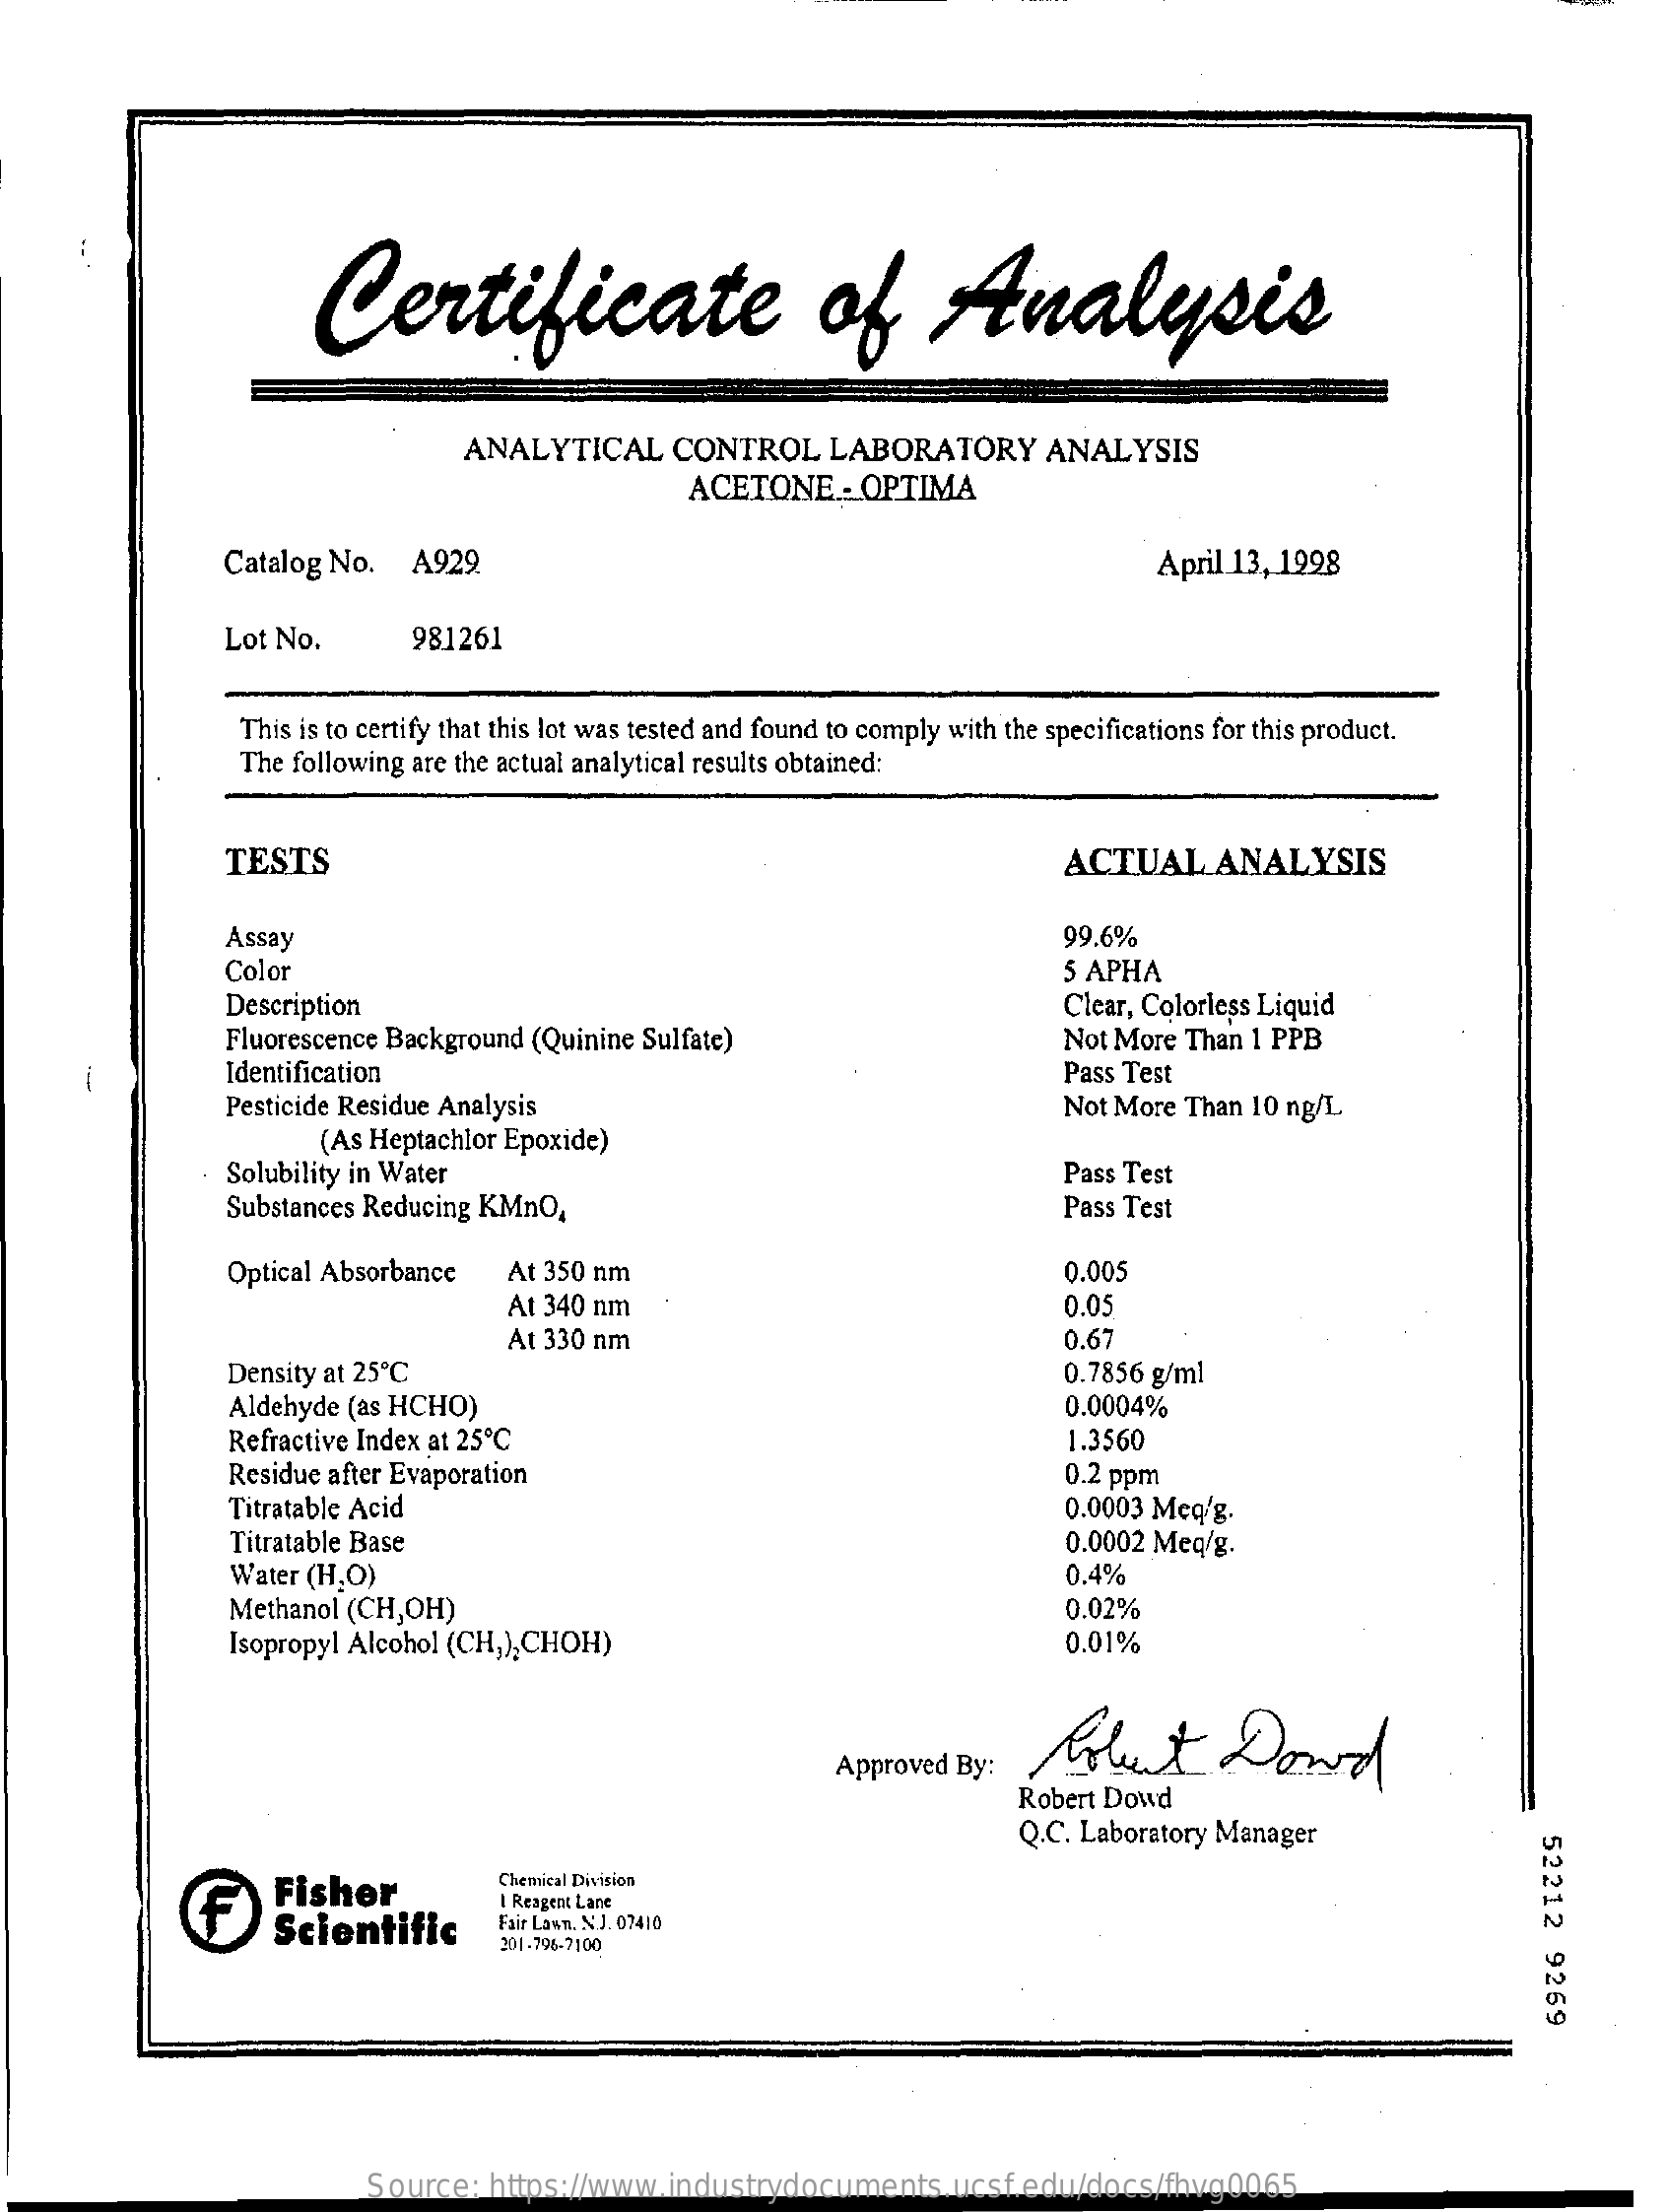
Certificate    of    Analysis
     ANALYTICAL    CONTROL    LABORATORY    ANALYSIS
     ACETONE    : OPTIMA
     Catalog No.   A929.    April 13, 1998
     Lot No.    981261
     This is to certify that this lot was tested and found to comply with the specifications for this product.
     The following are the actual analytical results obtained:
     TESTS    ACTUAL    ANALYSIS
     Assay    99.6%
     Color    5 APHA
     Description
     Fluorescence Background (Quinine Sulfate)
     Clear, Colorless Liquid
     Not More Than 1 PPB
     Identification    Pass Test
     Pesticide Residue Analysis
     (As Heptachlor Epoxide)
     Not More Than 10 ng/L
     Solubility in Water
     Substances Reducing KMnO,
     Pass Test
     Pass Test
     Optical Absorbance    At 350 nm    0.005
     At 340 nm    0.05
     At 330 nm    0.67
     Density at 25 ℃    0.7856 g/ml
     Aldehyde (as HCHO)    0.0004%
     Refractive Index at 25 ℃    1.3560
     Residue after Evaporation    0.2 ppm
     Titratable Acid    0.0003 Meq/g.
     Titratable Base    0.0002 Meq/g.
     Water (H,O)    0.4%
     Methanol (CH,OH)    0.02%
     Isopropyl Alcohol (CH,),CHOH)    0.01%
     Polent    Dowd Approved By:
     Robert Dowd
     Q.C. Laboratory Manager
     52212
     9269
     f
     Fisher    Chemical Division
     Scientific
     I Reagent Lant
     Fair Lawn. S.J. 07410
     201-795-2100
     Source:  https://www.industrydocuments.ucsf.edu/docs/fhvg0065